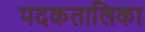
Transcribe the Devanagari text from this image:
पदकतालिका